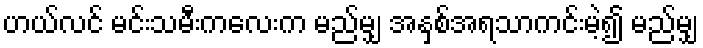
ဟယ်လင် မင်းသမီးကလေးက မည်မျှ အနှစ်အရသာကင်းမဲ့၍ မည်မျှ